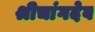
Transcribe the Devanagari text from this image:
श्रीचांगदेव